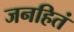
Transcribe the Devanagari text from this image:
जनहितं